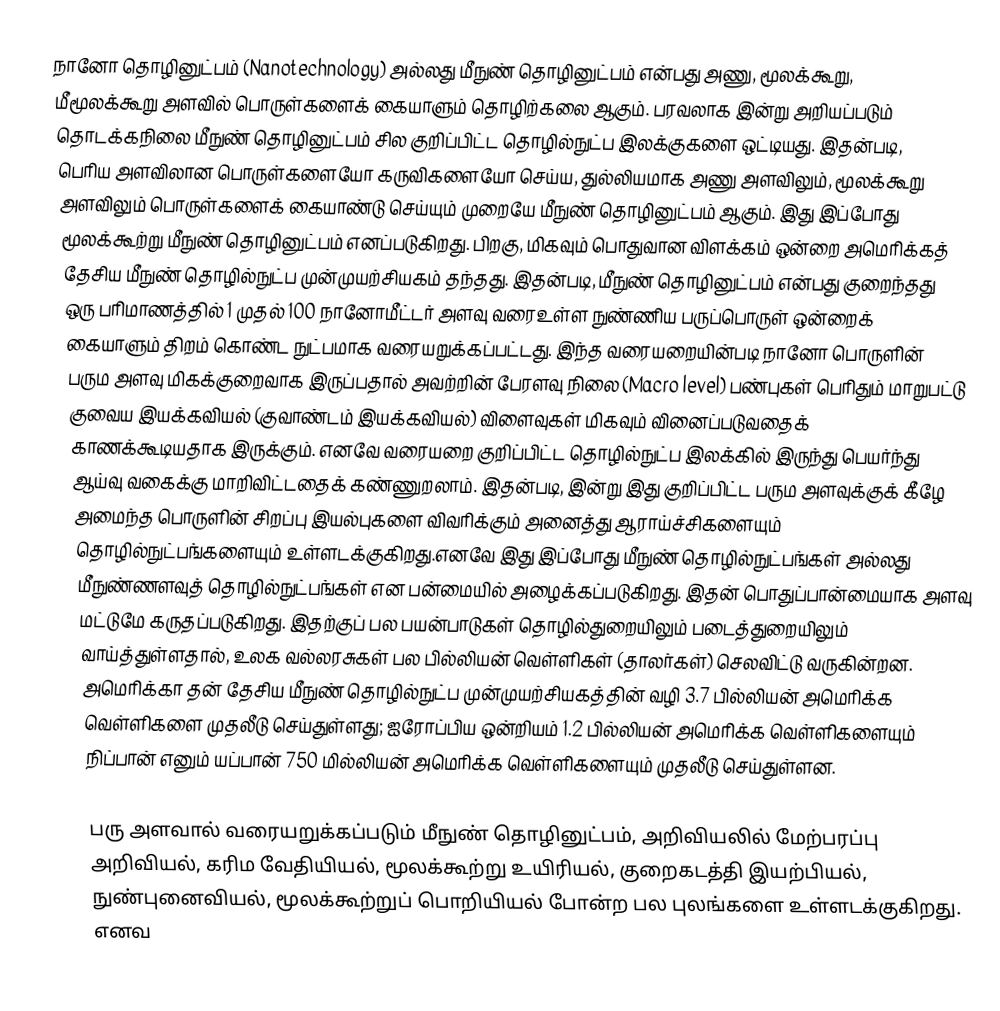
நானோ தொழினுட்பம் (Nanotechnology) அல்லது மீநுண் தொழினுட்பம்  என்பது அணு, மூலக்கூறு, மீமூலக்கூறு அளவில் பொருள்களைக் கையாளும் தொழிற்கலை ஆகும். பரவலாக இன்று அறியப்படும் தொடக்கநிலை மீநுண் தொழினுட்பம் சில குறிப்பிட்ட தொழில்நுட்ப இலக்குகளை ஒட்டியது. இதன்படி, பெரிய அளவிலான பொருள்களையோ கருவிகளையோ செய்ய, துல்லியமாக அணு அளவிலும், மூலக்கூறு அளவிலும் பொருள்களைக் கையாண்டு செய்யும் முறையே மீநுண் தொழினுட்பம் ஆகும். இது இப்போது மூலக்கூற்று மீநுண் தொழினுட்பம் எனப்படுகிறது. பிறகு, மிகவும் பொதுவான விளக்கம் ஒன்றை  அமெரிக்கத் தேசிய மீநுண் தொழில்நுட்ப முன்முயற்சியகம் தந்தது. இதன்படி, மீநுண் தொழினுட்பம் என்பது குறைந்தது ஒரு பரிமாணத்தில்  1 முதல் 100 நானோமீட்டர் அளவு வரைஉள்ள நுண்ணிய பருப்பொருள் ஒன்றைக் கையாளும் திறம் கொண்ட நுட்பமாக வரையறுக்கப்பட்டது. இந்த வரையறையின்படி நானோ பொருளின் பரும அளவு மிகக்குறைவாக இருப்பதால் அவற்றின் பேரளவு நிலை (Macro level) பண்புகள் பெரிதும் மாறுபட்டு குவைய இயக்கவியல் (குவாண்டம் இயக்கவியல்) விளைவுகள் மிகவும் வினைப்படுவதைக் காணக்கூடியதாக இருக்கும். எனவே வரையறை குறிப்பிட்ட தொழில்நுட்ப இலக்கில் இருந்து பெயர்ந்து ஆய்வு வகைக்கு மாறிவிட்டதைக் கண்ணுறலாம். இதன்படி, இன்று இது குறிப்பிட்ட பரும அளவுக்குக் கீழே அமைந்த பொருளின் சிறப்பு இயல்புகளை விவரிக்கும் அனைத்து ஆராய்ச்சிகளையும் தொழில்நுட்பங்களையும் உள்ளடக்குகிறது.எனவே இது இப்போது மீநுண் தொழில்நுட்பங்கள் அல்லது மீநுண்ணளவுத் தொழில்நுட்பங்கள் என பன்மையில் அழைக்கப்படுகிறது. இதன் பொதுப்பான்மையாக அளவு மட்டுமே கருதப்படுகிறது. இதற்குப் பல பயன்பாடுகள் தொழில்துறையிலும் படைத்துறையிலும் வாய்த்துள்ளதால், உலக வல்லரசுகள் பல பில்லியன் வெள்ளிகள் (தாலர்கள்) செலவிட்டு வருகின்றன. அமெரிக்கா தன் தேசிய மீநுண் தொழில்நுட்ப முன்முயற்சியகத்தின் வழி 3.7 பில்லியன் அமெரிக்க வெள்ளிகளை முதலீடு செய்துள்ளது; ஐரோப்பிய ஒன்றியம் 1.2 பில்லியன் அமெரிக்க வெள்ளிகளையும் நிப்பான் எனும் யப்பான் 750 மில்லியன் அமெரிக்க வெள்ளிகளையும் முதலீடு செய்துள்ளன.

பரு அளவால் வரையறுக்கப்படும் மீநுண் தொழினுட்பம், அறிவியலில் மேற்பரப்பு அறிவியல், கரிம வேதியியல், மூலக்கூற்று உயிரியல், குறைகடத்தி இயற்பியல், நுண்புனைவியல், மூலக்கூற்றுப் பொறியியல் போன்ற பல புலங்களை உள்ளடக்குகிறது.  எனவ